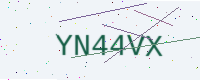
Text: YN44VX